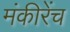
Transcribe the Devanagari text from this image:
मंकीरेंच